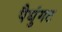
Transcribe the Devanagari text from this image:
पैधुंगट